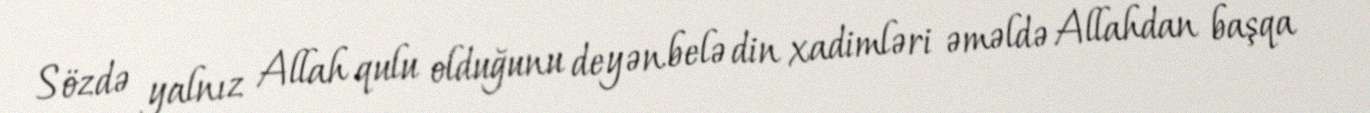
Sözdə yalnız Allah qulu olduğunu deyən belə din xadimləri əməldə Allahdan başqa